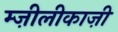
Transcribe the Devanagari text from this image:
म्ज़ीलीकाज़ी